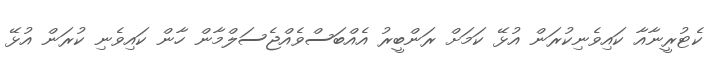
ކެޓުރީނާއާ ކަައިވެނިކުރަން އުޅޭ ކަމަށް ރަންބީރު އެއްބަސްވެއްޖެސަލްމާން ހާން ކައިވެނި ކުރަން އުޅޭ